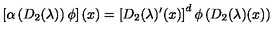
\left[ \alpha \left( D _ { 2 } ( \lambda ) \right) \phi \right] ( x ) = \left[ D _ { 2 } ( \lambda ) ^ { \prime } ( x ) \right] ^ { d } \phi \left( D _ { 2 } ( \lambda ) ( x ) \right)